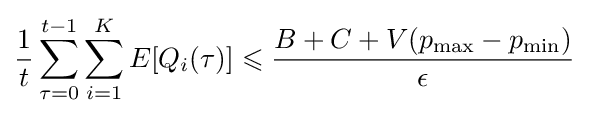
{\frac {1}{t}}\sum _{\tau =0}^{t-1}\sum _{i=1}^{K}E[Q_{i}(\tau )]\leqslant {\frac {B+C+V(p_{\max }-p_{\min })}{\epsilon }}